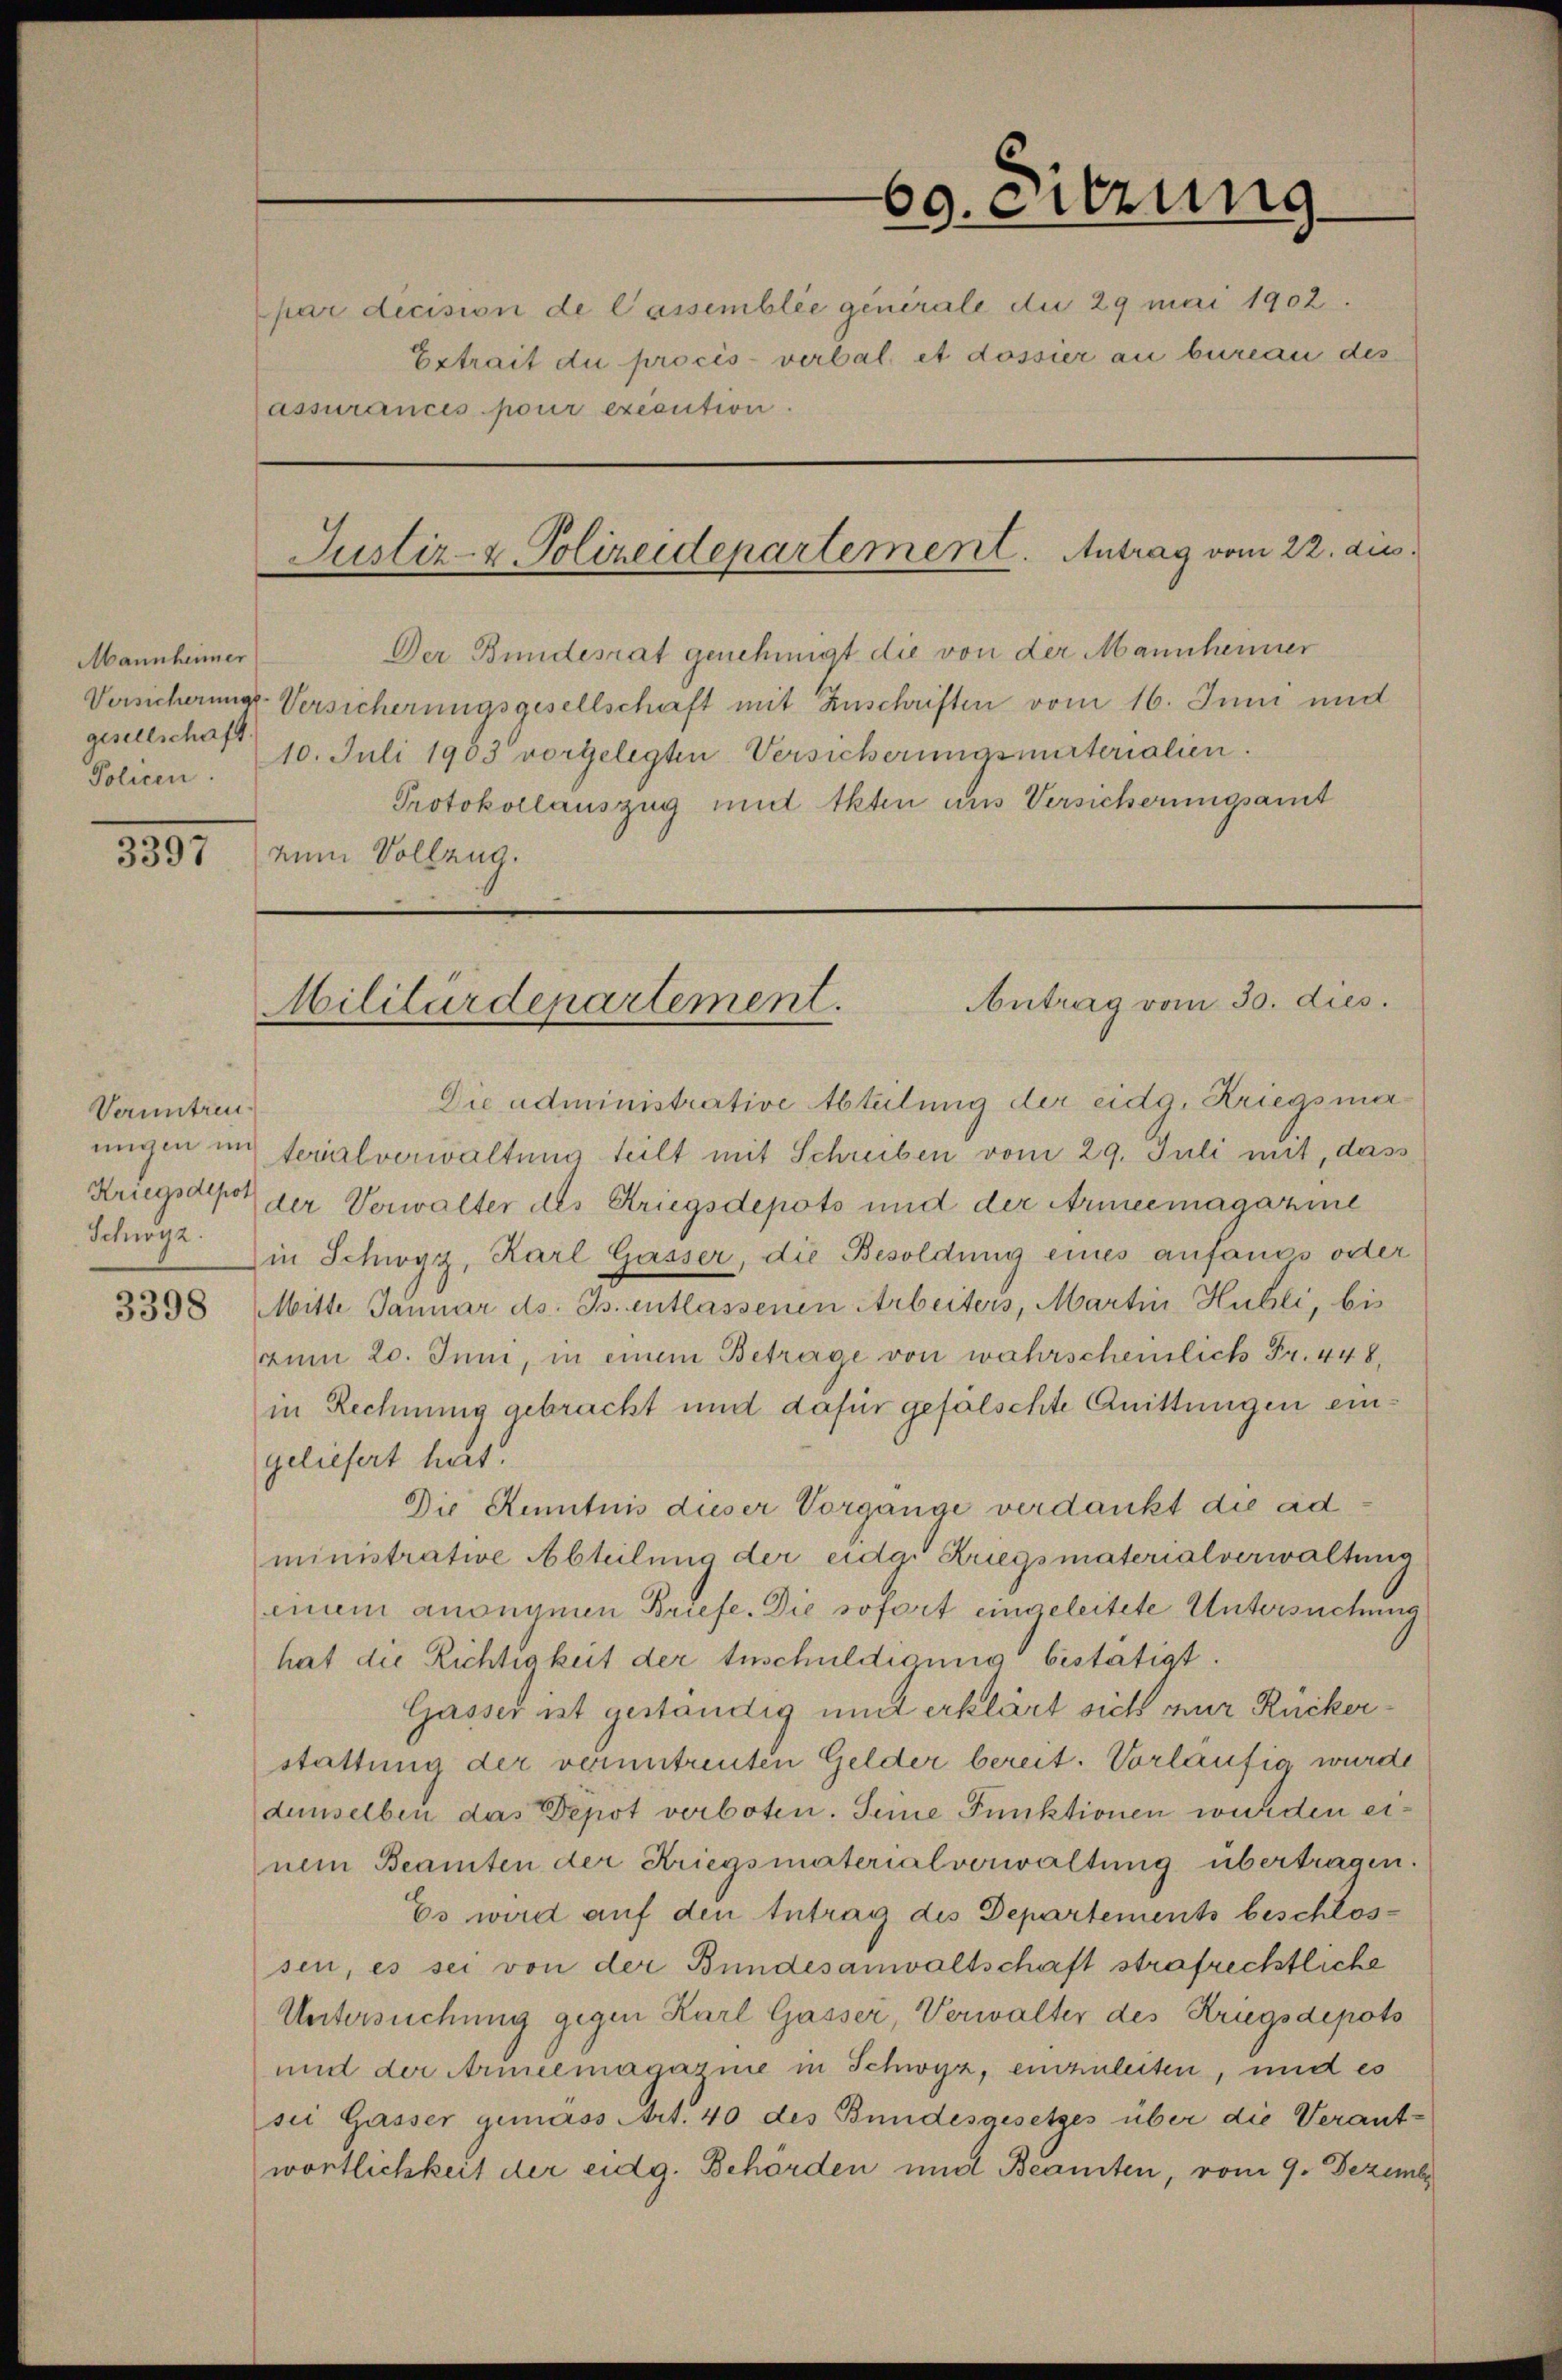
Mannheimer
gesellschaft.
Policen.

1897

Veruntreu¬
Schwyz.

3398

Justiz- & Polizeidepartement. Antrag vom 22. die

assurances pour execution.

60. eitzung
¬
par dicision de lassemblée generale du 29 mai 1902.
Extrait du procès-verbal et dossier an bureau des

Der Bundesrat genehmigt die von der Mannheimer
Versicherung Versicherungsgesellschaft mit Zuschriften vom 16. Juni und
10. Juli 1903 vorgelegten Versicherungsmitterialien.
Protokollauszug und Akten aus Versicherungsamt
num Vollzug.

Antrag vom 30. dies.
Militärdepartement.

Die administrative Abteilung der eidg. Kriegsmaungen interialverwaltung teilt mit Schreiben vom 29. Juli mit, dass
Kriegsdepot der Verwalter des Kriegsdepots und der Armeemagazine
in Schwyz, Karl Gasser, die Besoldung eines anfangs oder
Mitte Januar ds. B. entlassenen Arbeiters, Martin Hubli, bis
aum 20. Juni, in einem Betrage von wahrscheinlich Fr. 448,
in Rechnung gebracht und dafür gefälschte Quittungen eingeliefert hat.
Die Kenntnis dieser Vorgänge verdankt die ad
ministrative Abteilung der eidg. Kriegsmaterialverwaltung
einem ansegnen Briefe. Die sofort eingeleitete Untersuchung
hat die Richtigkeit der Inschuldigung bestätigt.
Gasser ist geständig mit erklärt sich nur Rückerstattung der veruntreuten Gelder bereit. Vorläufig wurde
demselben das Depot verboten. Seine Funktionen wurden einem Beamten der Kriegsmaterialverwaltung übertragen.
Es wird auf den Antrag des Departements beschlossen, es sei von der Bundesanwaltschaft strafrechtliche
Untersuchung gegen Karl Gasser, Verwalter des Kriegsdepoto
und der Armeemagasnie in Schwyz, einzuleiten, und es
sei Gasser gemäss Art. 40 des Bundesgesetzes über die Verantwörtlichkeit der eidg. Behörden und Beamten, vom 9. Dezembe